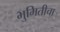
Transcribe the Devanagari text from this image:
भुमितीचा